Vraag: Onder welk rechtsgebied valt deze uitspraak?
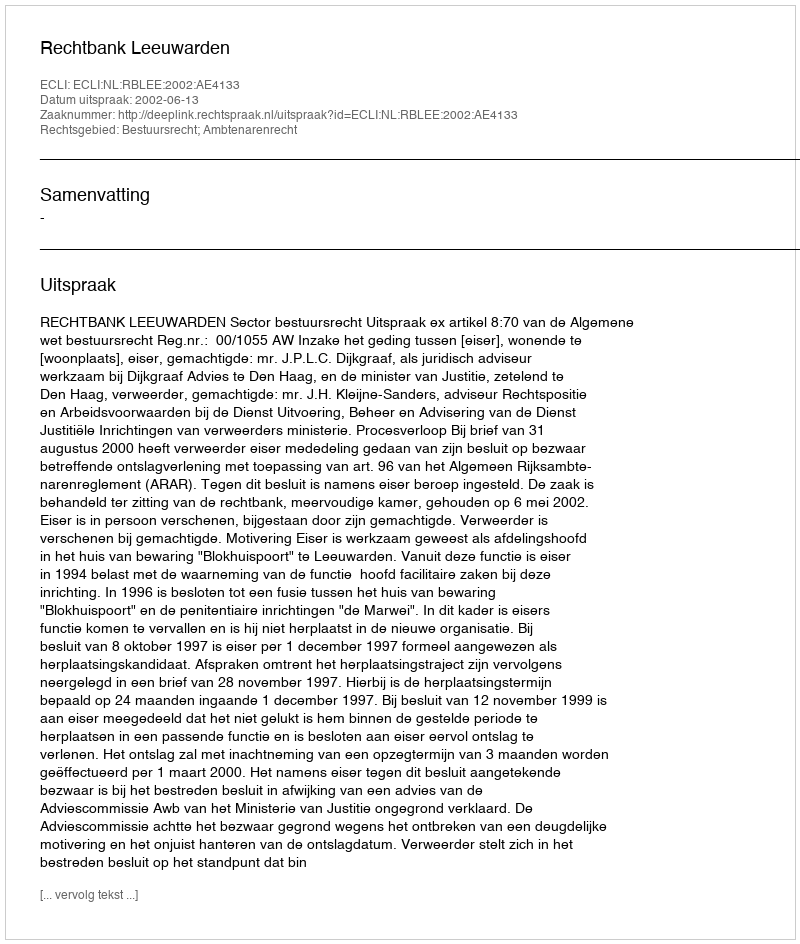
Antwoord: Bestuursrecht; Ambtenarenrecht